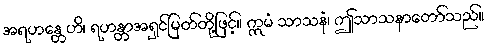
အရဟန္တေဟိ၊ ရဟန္တာအရှင်မြတ်တို့ဖြင့်။ ဣမံ သာသနံ၊ ဤသာသနာတော်သည်။